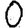
Digit: 0